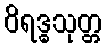
ဝိရဒ္ဓသုတ္တ